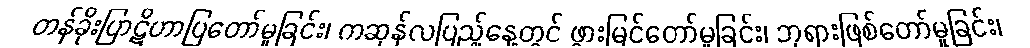
တန်ခိုးပြာဋိဟာပြတော်မူခြင်း၊ ကဆုန်လပြည့်နေ့တွင် ဖွားမြင်တော်မူခြင်း၊ ဘုရားဖြစ်တော်မူခြင်း၊